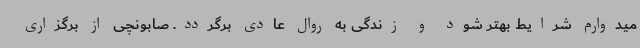
میدوارم شرایط بهتر شود و زندگی به روال عادی برگردد. صابونچی از برگزاری